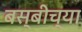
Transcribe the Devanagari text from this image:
बस्बीच्या